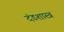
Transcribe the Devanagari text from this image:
दंडशास्त्र